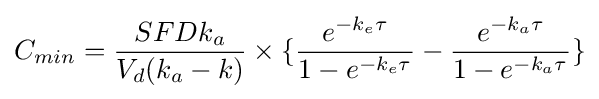
C_{min}={\frac {SFDk_{a}}{V_{d}(k_{a}-k)}}\times \{{\frac {e^{-k_{e}\tau }}{1-e^{-k_{e}\tau }}}-{\frac {e^{-k_{a}\tau }}{1-e^{-k_{a}\tau }}}\}